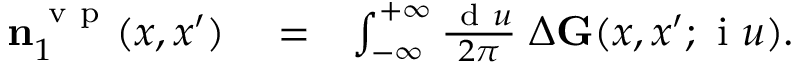
\begin{array} { r l r } { \ensuremath { \mathbf { n } } _ { 1 } ^ { \mathrm { ~ v ~ p ~ } } ( x , x ^ { \prime } ) } & { { } = } & { \int _ { - \infty } ^ { + \infty } \frac { \ensuremath { \mathrm { ~ d ~ } } u } { 2 \pi } \; \Delta \ensuremath { \mathbf { G } } ( x , x ^ { \prime } ; \ensuremath { \mathrm { ~ i ~ } } u ) . } \end{array}